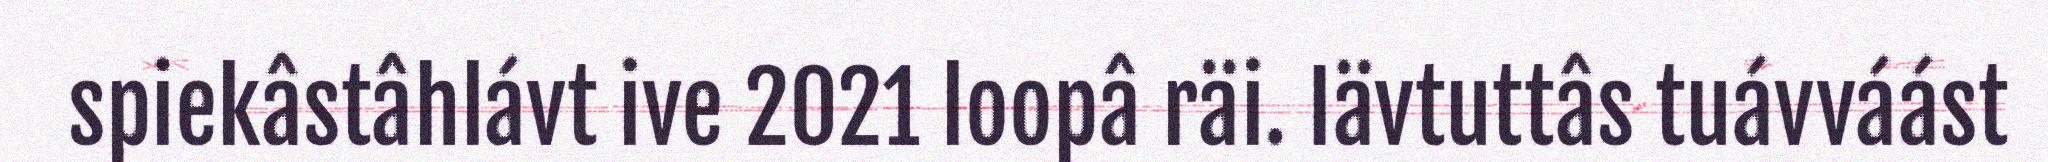
spiekâstâhlávt ive 2021 loopâ räi. Iävtuttâs tuávváást